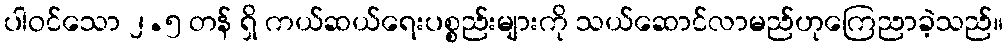
ပါဝင်သော ၂.၅ တန် ရှိ ကယ်ဆယ်ရေးပစ္စည်းများကို သယ်ဆောင်လာမည်ဟုကြေညာခဲ့သည်။